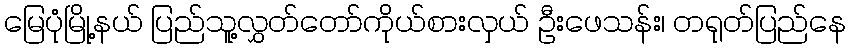
မြေပုံမြို့နယ် ပြည်သူ့လွှတ်တော်ကိုယ်စားလှယ် ဦးဖေသန်း၊ တရုတ်ပြည်နေ